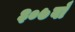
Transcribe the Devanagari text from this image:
३०७वाँ